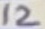
Text: 12